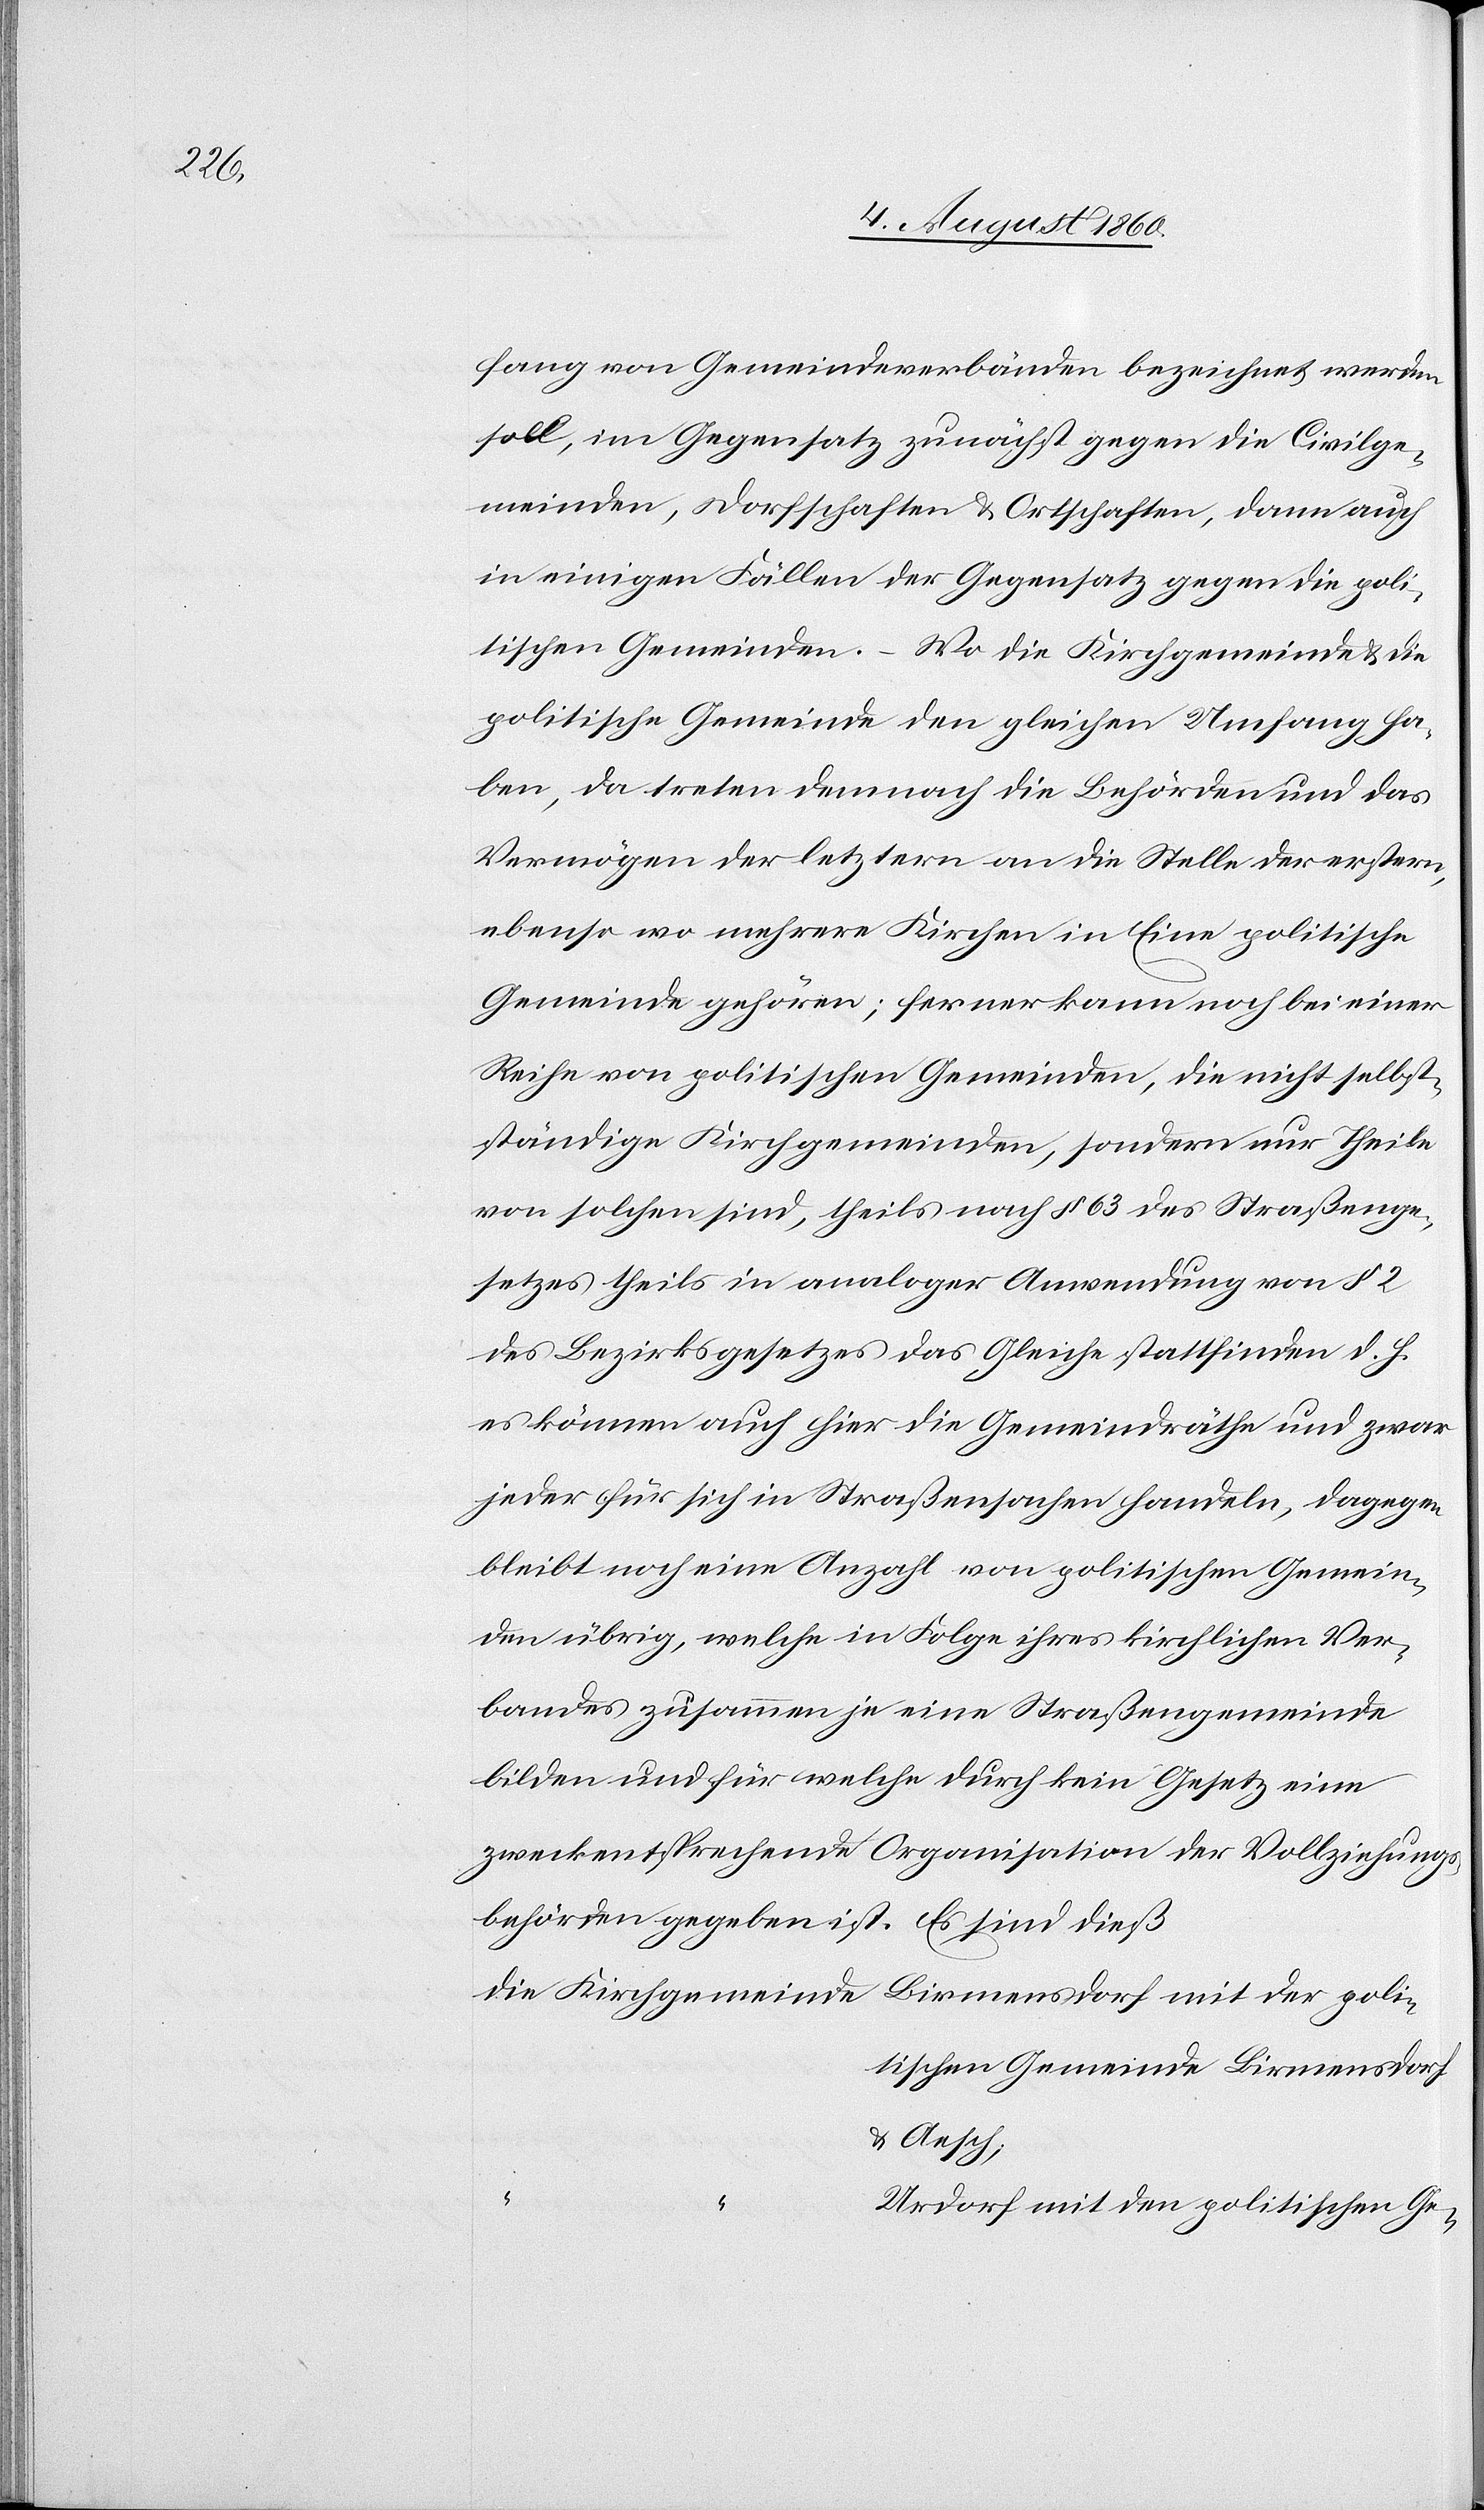
poli¬

fang von Gemeindverbänden bezeichnet werden
soll, im Gegensatz zunächst gegen die Civilge¬
meinden, Dorfschaften u. Ortschaften, dann auch
in einigen Fällen der Gegensatz gegen die poli¬
tischen Gemeinden. Wo die Kirchgemeinde und die
politische Gemeinde den gleichen Umfang ha¬
ben, da treten demnach die Behörden und das
Vermögen der letztern an die Stelle der erstern,
ebenso wo mehrere Kirchen in Eine politische
Gemeinde gehören; ferner kann noch bei einer
Reihe von politischen Gemeinden, die nicht selbst¬
ständige Kirchgemeinden, sondern nur Theile
von solchen sind, theils nach §. 63 des Strassenge¬
setzes theils in analoger Anwendung von §. 2
des Bezirksgesetzes das Gleiche Statt finden d. h.
es können auch hier die Gemeindräthe und zwar
jeder für sich in Strassensachen handeln, dagegen
bleibt noch eine Anzahl von politischen Gemein¬
den übrig, welche in Folge ihres kirchlichen Ver¬
bandes zusammen je eine Strassengemeinde
bilden und für welche durch kein Gesetz eine
zweckensprechende Organisation der Vollziehungs¬
behörden gegeben ist.
Es sind diess
tischen Gemeinde Birmensdorf
und Aesch,
Urdorf mit den politischen Ge-